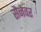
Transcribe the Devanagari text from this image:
सैनेवर